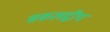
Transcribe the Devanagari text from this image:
सकलद्वीप